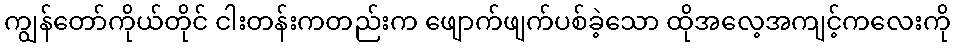
ကျွန်တော်ကိုယ်တိုင် ငါးတန်းကတည်းက ဖျောက်ဖျက်ပစ်ခဲ့သော ထိုအလေ့အကျင့်ကလေးကို